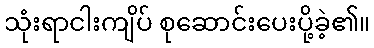
သုံးရာငါးကျိပ် စုဆောင်းပေးပို့ခဲ့၏။